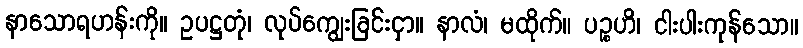
နာသောရဟန်းကို။ ဥပဋ္ဌတုံ၊ လုပ်ကျွေးခြင်းငှာ။ နာလံ၊ မထိုက်။ ပဉ္စဟိ၊ ငါးပါးကုန်သော။